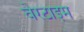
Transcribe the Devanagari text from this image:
वेरटाइम